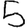
Digit: 5